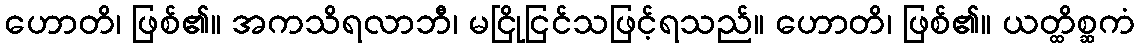
ဟောတိ၊ ဖြစ်၏။ အကသိရလာဘီ၊ မငြိုငြင်သဖြင့်ရသည်။ ဟောတိ၊ ဖြစ်၏။ ယတ္ထိစ္ဆကံ